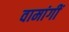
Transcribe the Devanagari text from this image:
वामांगीं